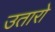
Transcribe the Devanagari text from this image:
उतारो